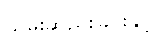
သိမ်းဆည်းခြင်းနှင့်